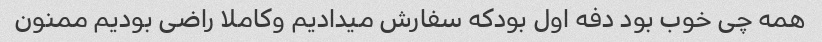
همه چى خوب بود دفه اول بودکه سفارش میدادیم وکاملا راضى بودیم ممنون